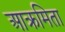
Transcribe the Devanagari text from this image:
आक्रमिता